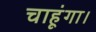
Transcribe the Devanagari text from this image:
चाहूंगा।